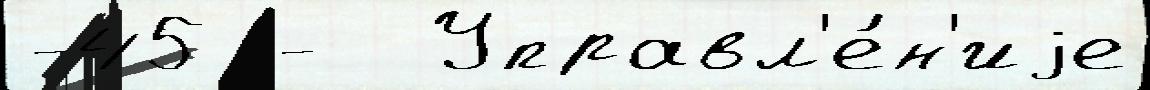
-45 -  Управл'е́н'иjе